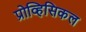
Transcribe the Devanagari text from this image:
प्रोव्हिसिकल